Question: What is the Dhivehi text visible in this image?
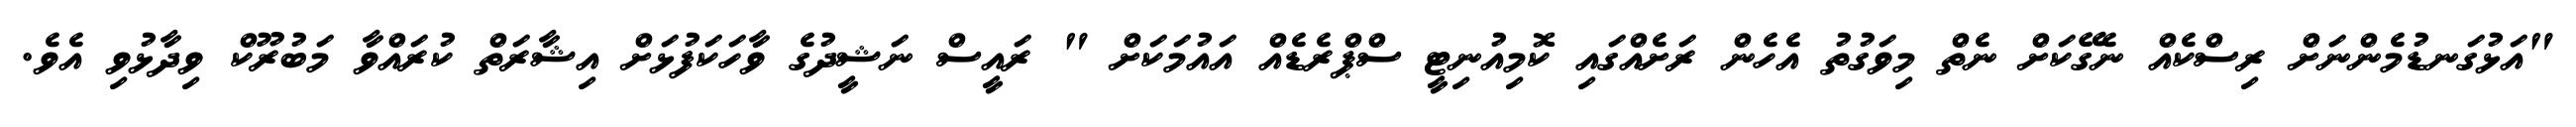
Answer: "އަޅުގަނޑުމެންނަށް ރިސްކެއް ނެގޭކަށް ނެތް މިވަގުތު އެހެން ރަށެއްގައި ކޮމިއުނިޓީ ސްޕްރެޑެއް އައުމަކަށް " ރައީސް ނަޝީދުގެ ވާހަކަފުޅަށް އިޝާރަތް ކުރައްވާ މަބުރޫކް ވިދާޅުވި އެވެ.